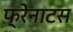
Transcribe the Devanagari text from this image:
फ्रेनाटस